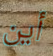
أين